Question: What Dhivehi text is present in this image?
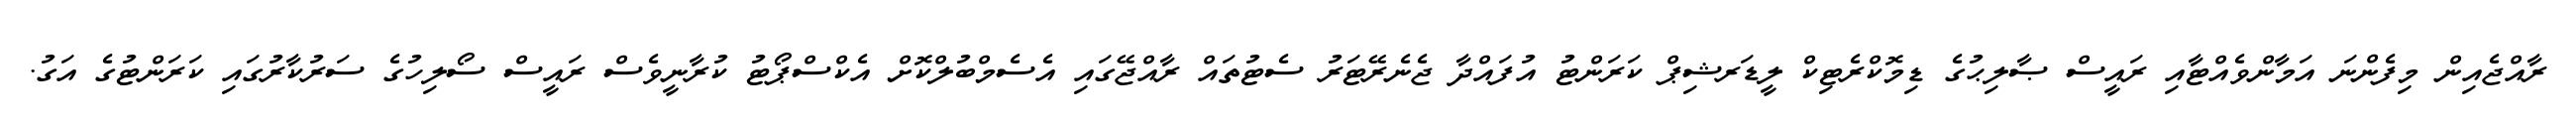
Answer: ރާއްޖެއިން މިފެންނަ އަމާންވެއްޓާއި ރައީސް ޞާލިޙުގެ ޑިމޮކްރެޓިކް ލީޑަރޝިޕް ކަރަންޓު އުފައްދާ ޖެނެރޭޓަރު ސެޓުތައް ރާއްޖޭގައި އެސެމްބުލްކޮށް އެކްސްޕޯޓު ކުރާނީވެސް ރައީސް ސޯލިހުގެ ސަރުކާރުގައި ކަރަންޓުގެ އަގު.